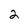
Character: 2